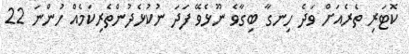
ކޮޓަރި ތެރެއަށް ވަދެ ހިނގާ ބިގާވެ ނޫޅެވޭ ފަދަ ނުކުޅެދުންތެރިކަމެއް ހުންނަ 22